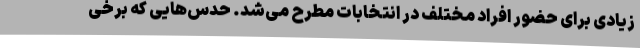
زیادی برای حضور افراد مختلف در انتخابات مطرح می‌شد. حدس‌هایی که برخی